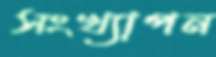
সংখ্যাপন